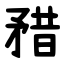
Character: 矠